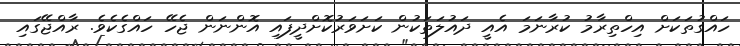
ހައްގުތަކަށް އިހްތިރާމު ކުރާނަމަ އެއީ ދައުލަތަކުން ކަށަވަރުކޮށްދީފައި އޮންނަން ޖެހޭ ހައްގެކެވެ. ރާއްޖޭގައި